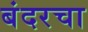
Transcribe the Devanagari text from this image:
बंदरचा